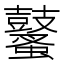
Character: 鼜